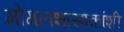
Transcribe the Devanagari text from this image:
मोगलशासाकांशी